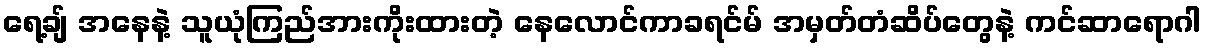
ရေ့ချ် အနေနဲ့ သူယုံကြည်အားကိုးထားတဲ့ နေလောင်ကာခရင်မ် အမှတ်တံဆိပ်တွေနဲ့ ကင်ဆာရောဂါ